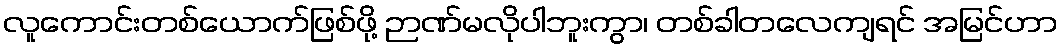
လူကောင်းတစ်ယောက်ဖြစ်ဖို့ ဉာဏ်မလိုပါဘူးကွာ၊ တစ်ခါတလေကျရင် အမြင်ဟာ